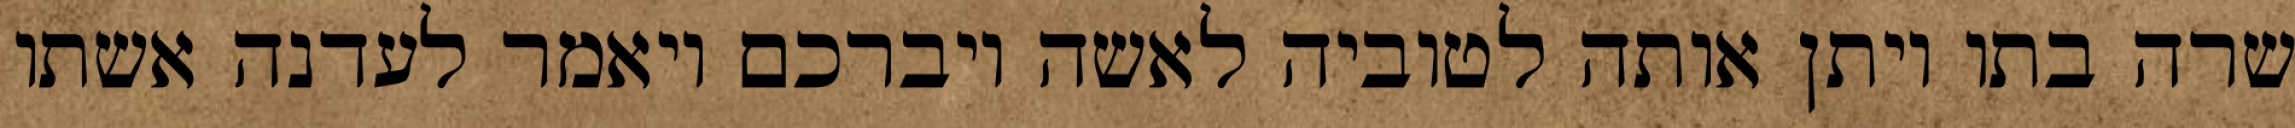
שרה בתו ויתן אותה לטוביה לאשה ויברכם ויאמר לעדנה אשתו